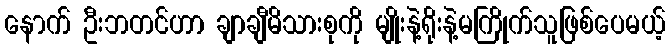
နောက် ဦးဘတင်ဟာ ချာချီမိသားစုကို မျိုးနဲ့ရိုးနဲ့မကြိုက်သူဖြစ်ပေမယ့်